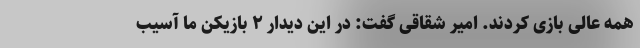
همه عالی بازی کردند. امیر شقاقی گفت: در این دیدار ۲ بازیکن ما آسیب